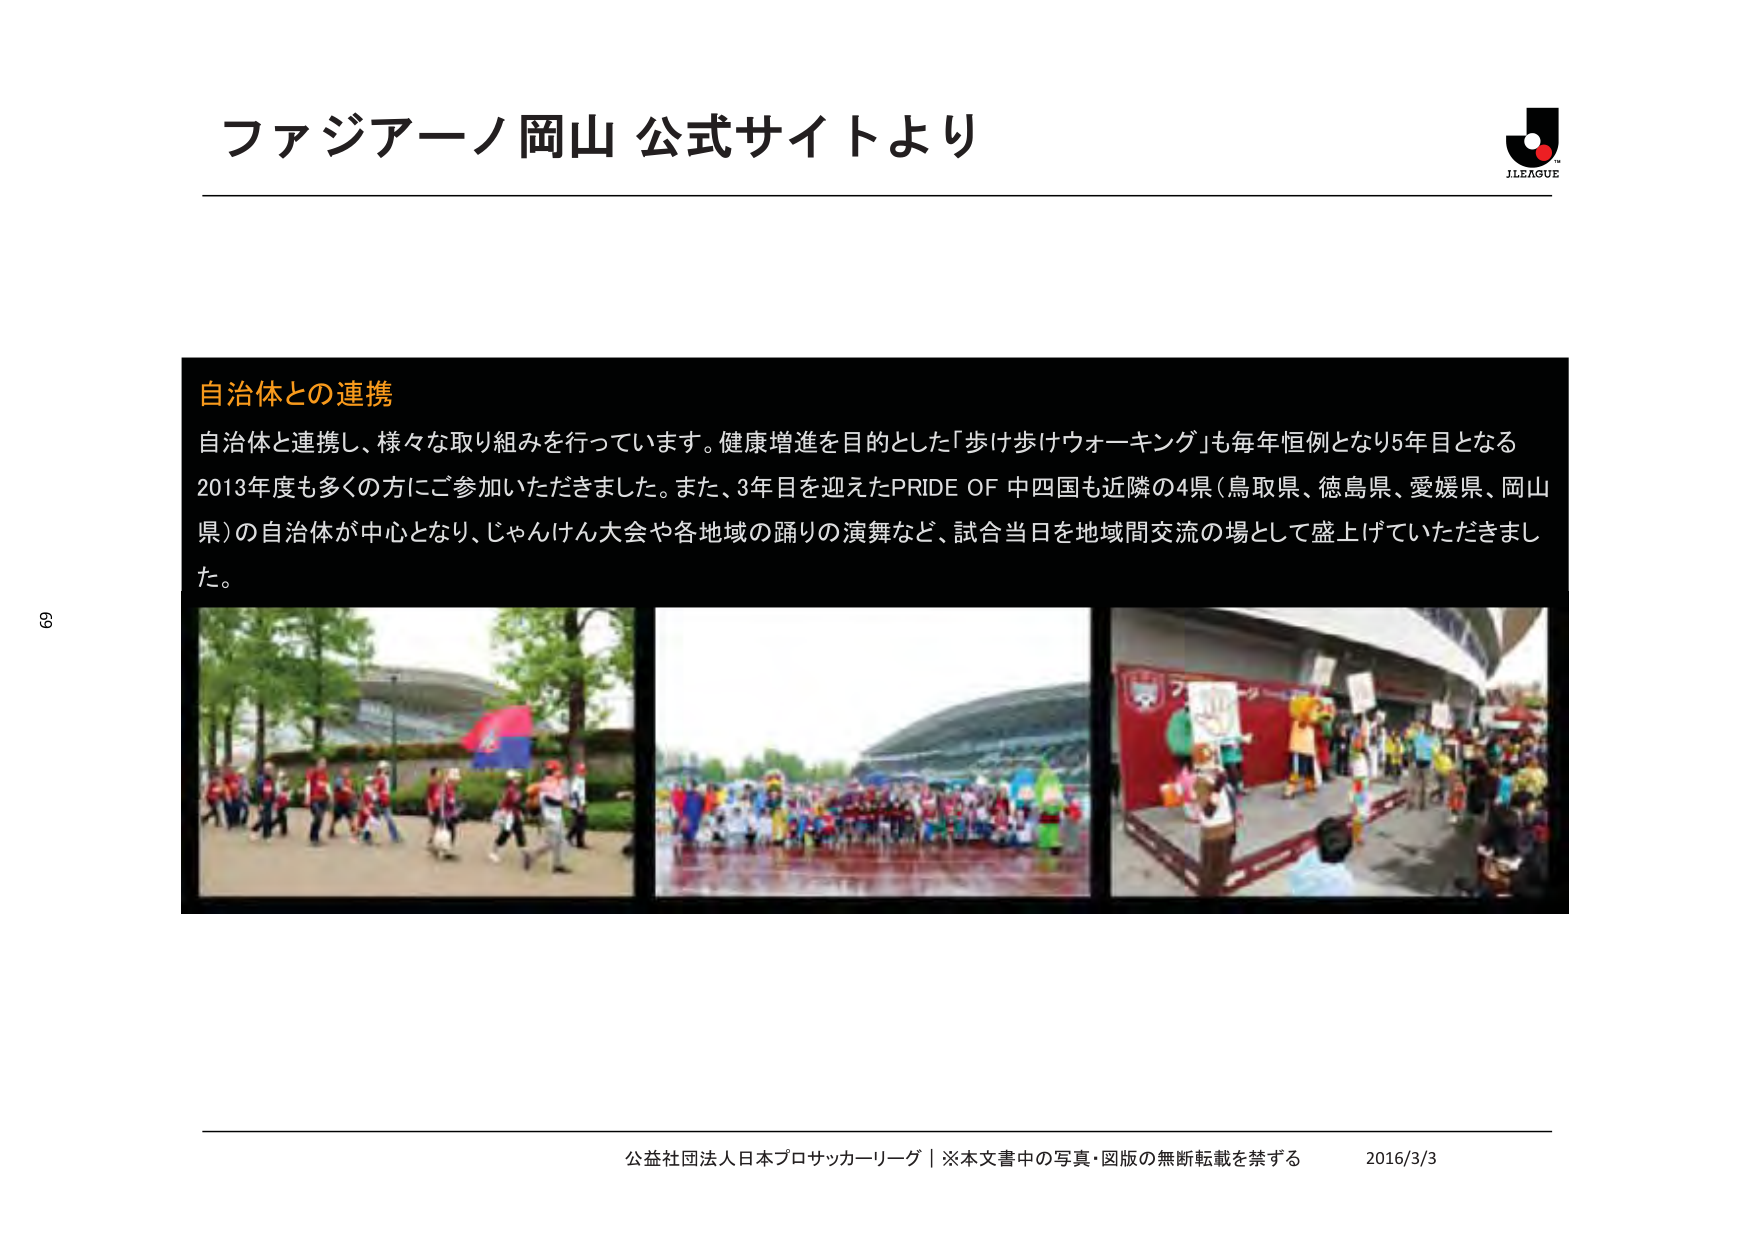
ファジアーノ岡山 公式サイトより

自治体との連携
自治体と連携し、様々な取り組みを行っています。健康増進を目的とした「歩け歩けウォーキング」も毎年恒例となり5年目となる2013年度も多くの方にご参加いただきました。また、3年目を迎えたPRIDE OF 中四国も近隣の4県（鳥取県、徳島県、愛媛県、岡山県）の自治体が中心となり、じゃんけん大会や各地域の踊りの演舞など、試合当日を地域間交流の場として盛上げていただきました。

公益社団法人日本プロサッカーリーグ｜※本文書中の写真・図版の無断転載を禁ずる 2016/3/3

J.LEAGUE

69